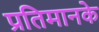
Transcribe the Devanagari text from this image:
प्रतिमानके